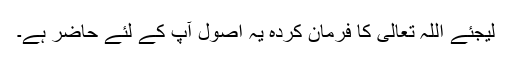
لیجئے اللہ تعالی کا فرمان کردہ یہ اصول آپ کے لئے حاضر ہے۔